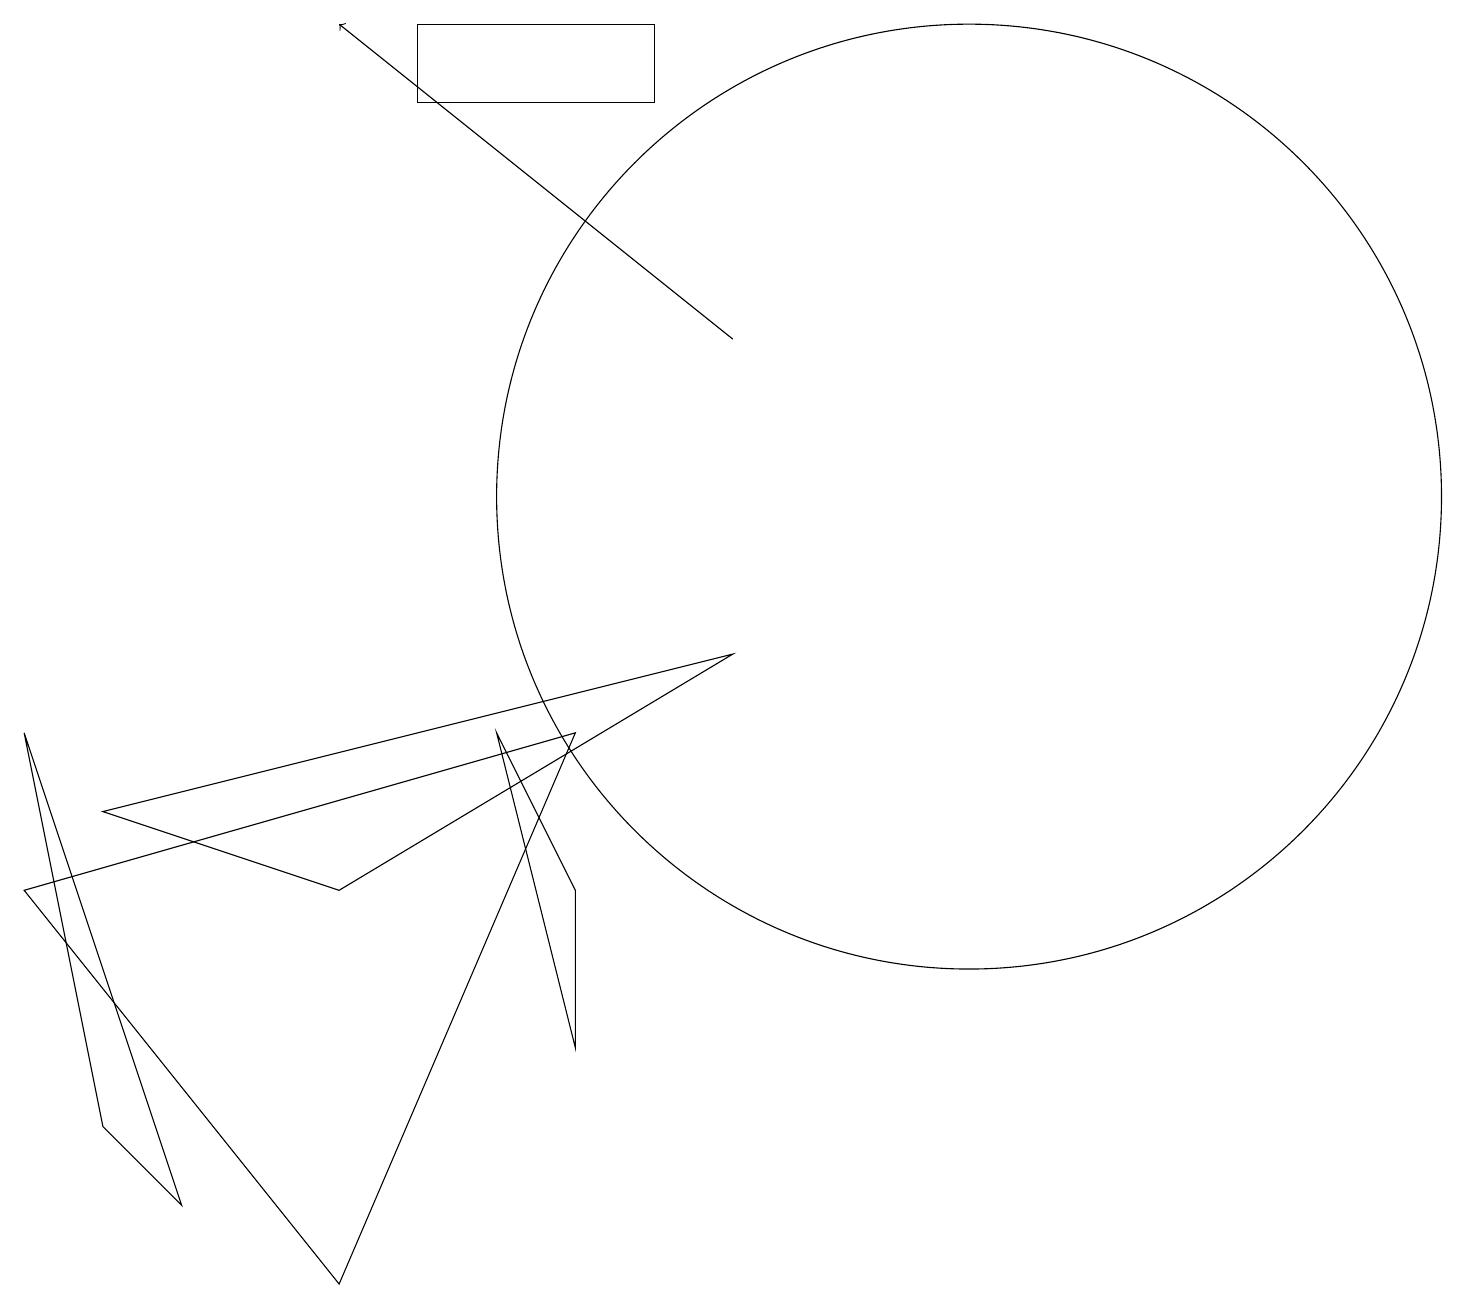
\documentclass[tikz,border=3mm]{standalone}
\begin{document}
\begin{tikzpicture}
\draw[->] (9,13) -- (4,17);
\draw (6,8) -- (7,6) -- (7,4) -- cycle;
\draw (5,16) rectangle (8,17);
\draw (1,3) -- (0,8) -- (2,2) -- cycle;
\draw (12,11) circle (6);
\draw (0,6) -- (7,8) -- (4,1) -- cycle;
\draw (4,6) -- (1,7) -- (9,9) -- cycle;
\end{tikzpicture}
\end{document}